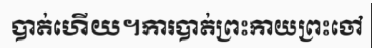
បាត់ហើយ។ការបាត់ព្រះកាយព្រះចៅ